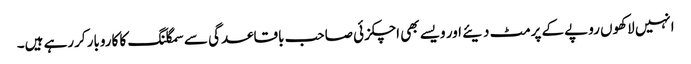
انہیں لاکھوں روپے کے پرمٹ دیئے اور ویسے بھی اچکزئی صاحب باقاعدگی سے سمگلنگ کا کاروبار کررہے ہیں۔